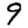
Digit: 9